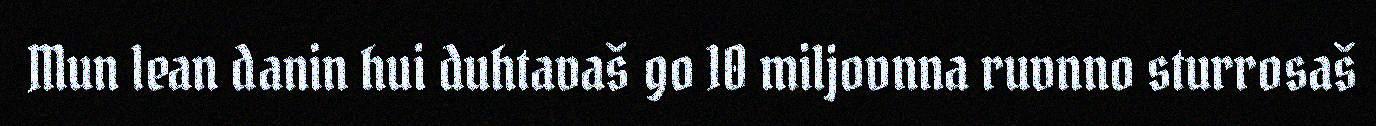
Mun lean danin hui duhtavaš go 10 miljovnna ruvnno sturrosaš